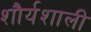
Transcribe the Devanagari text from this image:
शौर्यशाली